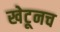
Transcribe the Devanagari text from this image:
खेटूनच